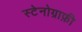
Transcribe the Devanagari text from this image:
स्टेनोग्राफ़ी